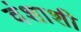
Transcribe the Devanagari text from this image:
वंशाशी